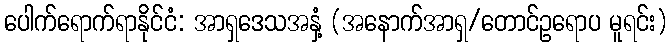
ပေါက်ရောက်ရာနိုင်ငံ: အာရှဒေသအနှံ့ (အနောက်အာရှ/တောင်ဥရောပ မူရင်း)